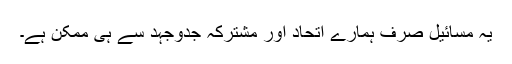
یہ مسائیل صرف ہمارے اتحاد اور مشترکہ جدوجہد سے ہی ممکن ہے۔